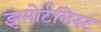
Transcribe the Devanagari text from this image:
इम्मोर्टलिस्ट